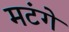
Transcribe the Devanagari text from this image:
मटंगे